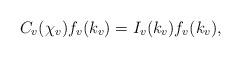
LaTeX: \begin{align*}C_v(\chi_v)f_v(k_v)=I_v(k_v)f_v(k_v),\end{align*}